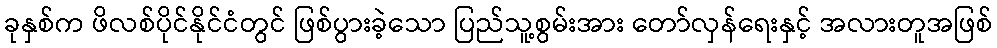
ခုနှစ်က ဖိလစ်ပိုင်နိုင်ငံတွင် ဖြစ်ပွားခဲ့သော ပြည်သူ့စွမ်းအား တော်လှန်ရေးနှင့် အလားတူအဖြစ်